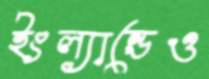
ইংল্যান্ডেও